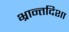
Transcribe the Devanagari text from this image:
भ्रान्तदिशा